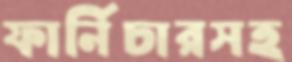
ফার্নিচারসহ